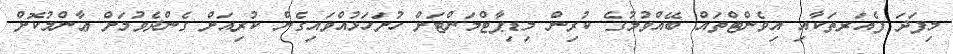
މިފަދަ ފެއަރތަކާއި އިވެންޓްތައް ބޭއްވުމުގެ ކުރިން މިޑިޕާޓްމަންޓަށް ހުށަހަޅުއްވައިގެން ކުރިއަށް ގެންދެވުމަށް ޢާންމުކޮށް